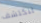
لنكتشف